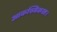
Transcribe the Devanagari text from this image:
आकस्मिकता।